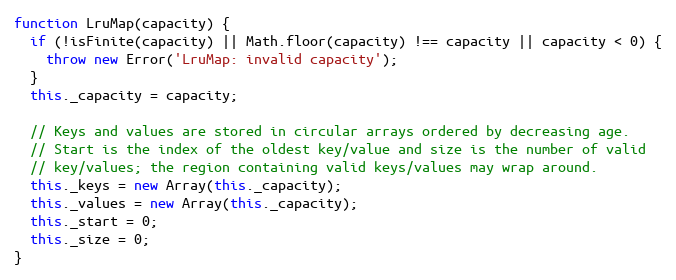
Language: JavaScript
function LruMap(capacity) {
  if (!isFinite(capacity) || Math.floor(capacity) !== capacity || capacity < 0) {
    throw new Error('LruMap: invalid capacity');
  }
  this._capacity = capacity;

  // Keys and values are stored in circular arrays ordered by decreasing age.
  // Start is the index of the oldest key/value and size is the number of valid
  // key/values; the region containing valid keys/values may wrap around.
  this._keys = new Array(this._capacity);
  this._values = new Array(this._capacity);
  this._start = 0;
  this._size = 0;
}